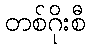
တစ်ဂိုးစီ